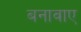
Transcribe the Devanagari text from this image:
बनावाए